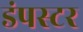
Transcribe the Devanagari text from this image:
डंपस्टर